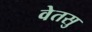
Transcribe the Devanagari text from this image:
वेतसु